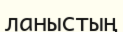
ланыстың